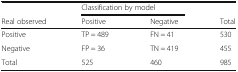
<table><thead><tr><td></td><td colspan="2"><b>Classification by model</b></td><td></td></tr><tr><td><b>Real observed</b></td><td><b>Positive</b></td><td><b>Negative</b></td><td><b>Total</b></td></tr></thead><tbody><tr><td>Positive</td><td>TP = 489</td><td>FN = 41</td><td>530</td></tr><tr><td>Negative</td><td>FP = 36</td><td>TN = 419</td><td>455</td></tr><tr><td>Total</td><td>525</td><td>460</td><td>985</td></tr></tbody></table>